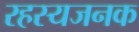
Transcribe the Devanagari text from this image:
रहस्यजनक